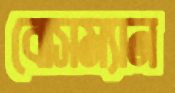
বোসম্যান